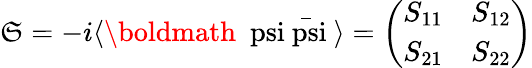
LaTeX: \mathfrak{S}=-i\langle\mathrm{{\boldmath~\ psi\bar{{\ psi}}~}}\rangle=\biggl(\begin{array}{cr}{{S_{11}}}&{{S_{12}}}\\ {{S_{21}}}&{{S_{22}}}\end{array}\biggr)